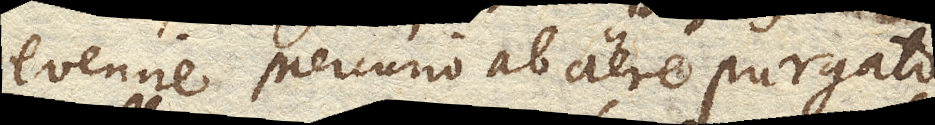
evenire Mercurio ab aere purgato